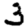
Digit: 3